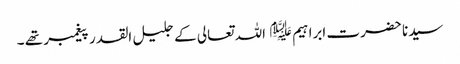
سیدنا حضرت ابراہیم ﷤ اللہ تعالی کے جلیل القدر پیغمبر تھے ۔